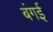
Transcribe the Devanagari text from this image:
बंगई